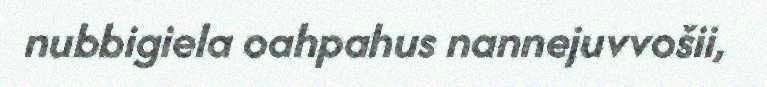
nubbigiela oahpahus nannejuvvošii,